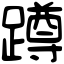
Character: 蹲